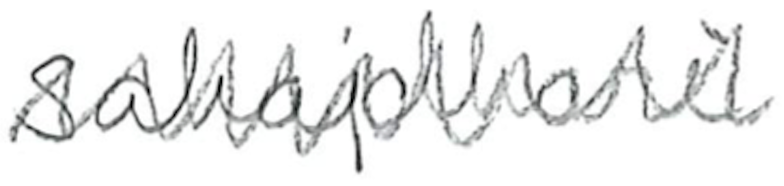
Text: Sahajdhari
Cross-out: zig-zag
Writing tool: pencil